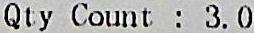
QTY COUNT : 3.0